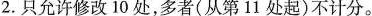
2.只允许修改 10 处，多者(从第11 处起)不计分。